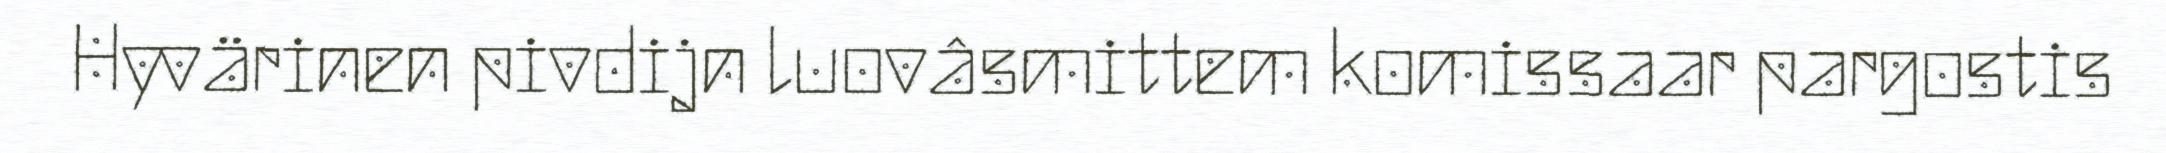
Hyvärinen pivdijn luovâsmittem komissaar pargostis